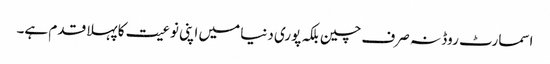
اسمارٹ روڈ نہ صرف چین بلکہ پوری دنیا میں اپنی نوعیت کا پہلا قدم ہے۔